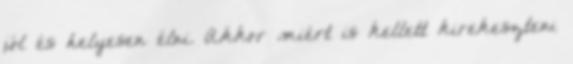
jól és helyesen élni. Akkor miért is kellett kirekeszteni